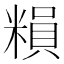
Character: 𥻱